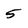
Character: 5